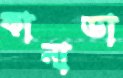
কানাডা